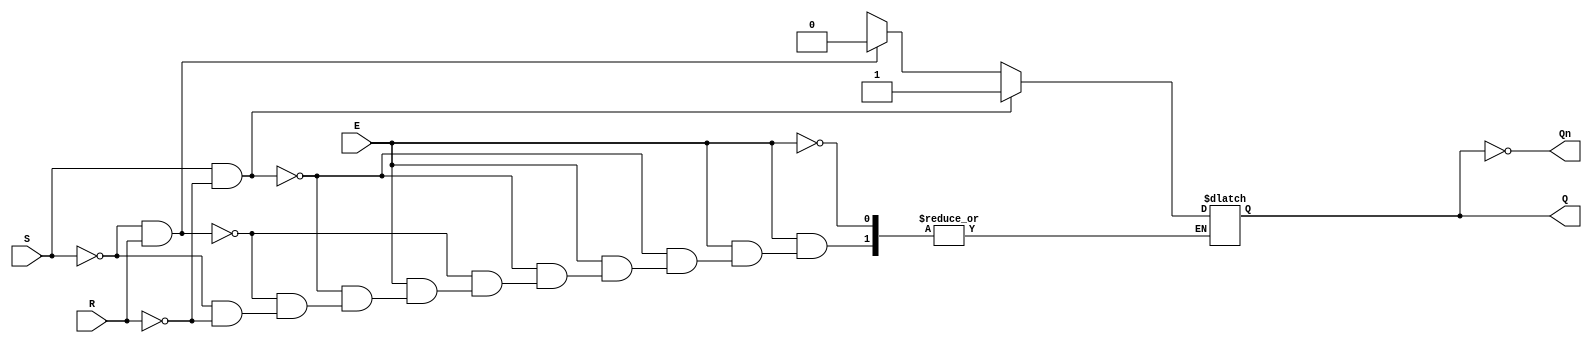
module gated_sr_latch (
    input wire S,      // Set input
    input wire R,      // Reset input
    input wire E,      // Enable input
    output reg Q,      // Output Q
    output wire Qn     // Complementary output Q'
);

    // Complementary output
    assign Qn = ~Q;

    // Always block to implement the latch behavior
    always @(*) begin
        if (E) begin
            if (S && ~R) begin
                Q = 1'b1;  // Set Q to 1
            end else if (~S && R) begin
                Q = 1'b0;  // Reset Q to 0
            end else if (~S && ~R) begin
                // Maintain current state (no change)
                Q = Q;     // Hold current state
            end else begin
                // Invalid condition (S = 1 and R = 1)
                Q = 1'bx;  // Indeterminate state
            end
        end
        // If E is low, retain the previous state
    end

endmodule